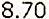
8.70